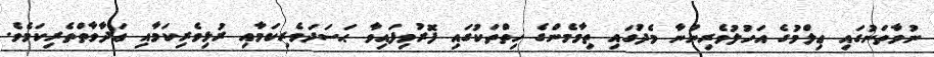
ނުވާތަނުގައި ޢިލްމުގެ އަހުލުވެރިންނާ މެދުގައި ތިމާމެންގެ ހިތްތަކުގައި ފޮރުވިފައިވާ ޙަސަދަވެރިކަމާއި ރުޅިވެރިކަމާއި ޢަދާވާތްތެރިކަމެވެ.